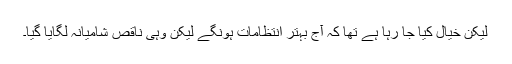
لیکن خیال کیا جا رہا ہے تھا کہ آج بہتر انتظامات ہونگے لیکن وہی ناقص شامیانہ لگایا گیا۔